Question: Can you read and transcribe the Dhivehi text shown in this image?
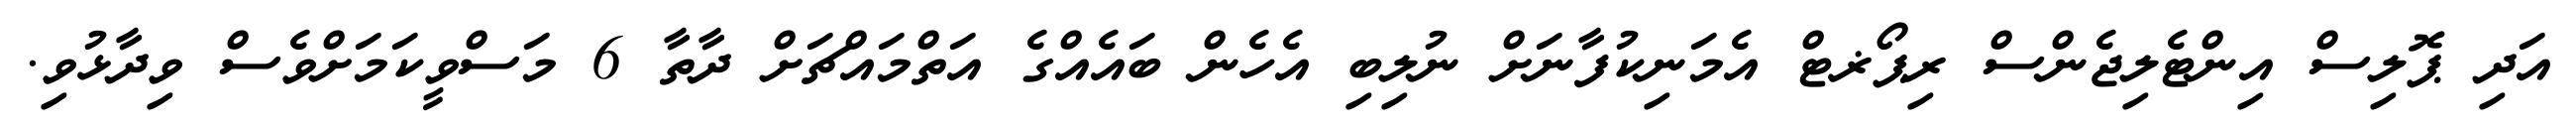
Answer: އަދި ޕޮލިސް އިންޓެލިޖެންސް ރިޕޯޜޓް އެމަނިކުފާނަށް ނުލިބި އެހެން ބައެއްގެ އަތްމައްޗަށް ދާތާ 6 މަސްވީކަމަށްވެސް ވިދާޅުވި.